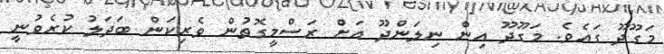
މަގޫދޫ ގައެވެ. މަގޫދޫ އިން ނިލަންދޫ އަށް ރަސްމީގޮތުން ވެރިކަން ބަދަލު ކުރެވުނީ